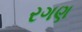
રગણ